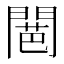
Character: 𮤕